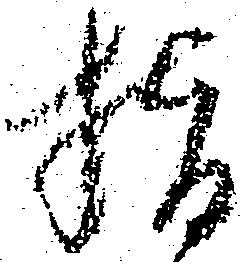
指